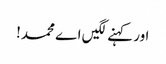
اور کہنے لگیں اے محمد!